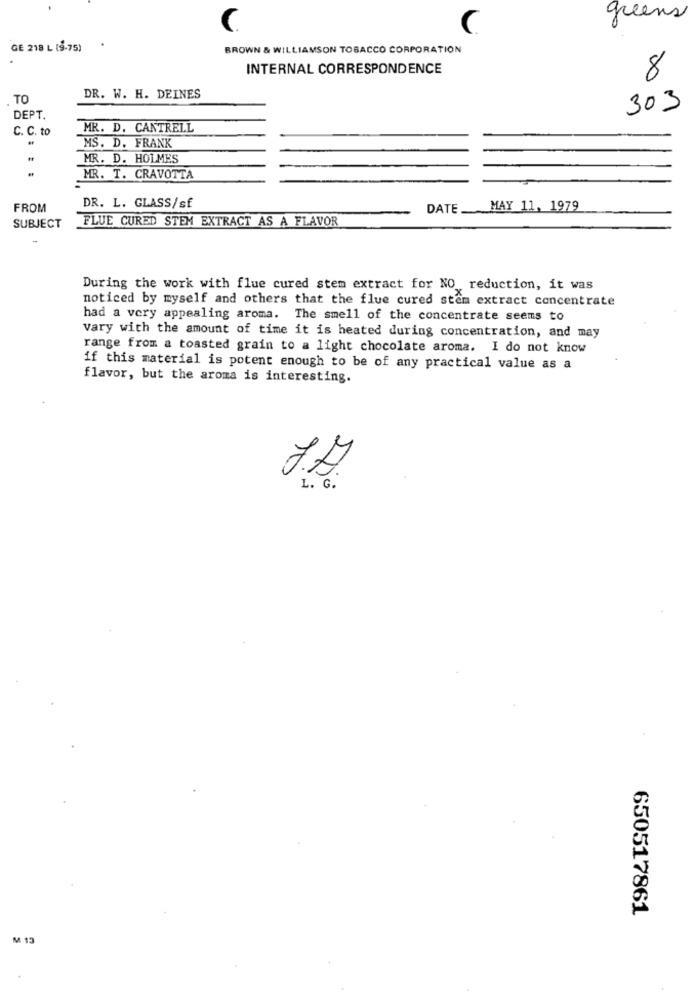
greens
C
C
GE 218 L (9-75)
BROWN & WILLIAMSON TOBACCO CORPORATION
INTERNAL CORRESPONDENCE
8
TO
DR. W. H. DEINES
303
DEPT.
C. C. to
MR. D. CANTRELL
MS. D. FRANK
MR. D. HOLMES
MR. T. CRAVOTTA
FROM
DR. L. GLASS/sf
DATE_ MAY 11, 1979
SUBJECT
FLUE CURED STEM EXTRACT AS A FLAVOR
During the work with flue cured stem extract for NO reduction, it was
noticed by myself and others that the flue cured stem extract concentrate
had a very appealing aroma. The smell of the concentrate seems to
vary with the amount of time it is heated during concentration, and may
range from a toasted grain to a light chocolate aroma. I do not know
if this material is potent enough to be of any practical value as a
flavor, but the aroma is interesting.
06
L. G.
650517861
M 13